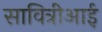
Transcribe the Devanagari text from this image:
सावित्रीआई